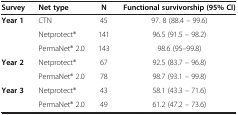
<table><thead><tr><td><b>Survey</b></td><td><b>Net type</b></td><td><b>N</b></td><td><b>Functional survivorship (95% CI)</b></td></tr></thead><tbody><tr><td rowspan="3"><b>Year 1</b></td><td>CTN</td><td>45</td><td>97. 8 (88.4 – 99.6)</td></tr><tr><td>Netprotect®</td><td>141</td><td>96.5 (91.5 – 98.2)</td></tr><tr><td>PermaNet® 2.0</td><td>143</td><td>98.6 (95–99.8)</td></tr><tr><td rowspan="2"><b>Year 2</b></td><td>Netprotect®</td><td>67</td><td>92.5 (83.7 – 96.8)</td></tr><tr><td>PermaNet® 2.0</td><td>78</td><td>98.7 (93.1 – 99.8)</td></tr><tr><td rowspan="2"><b>Year 3</b></td><td>Netprotect®</td><td>43</td><td>58.1 (43.3 – 71.6)</td></tr><tr><td>PermaNet® 2.0</td><td>49</td><td>61.2 (47.2 – 73.6)</td></tr></tbody></table>